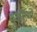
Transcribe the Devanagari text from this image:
युक्तीयों